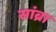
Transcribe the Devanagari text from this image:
सांब्रा